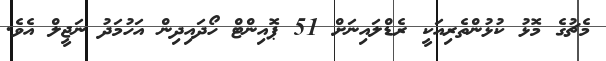
މެޗުގެ މޮޅު ކުޅުންތެރިއަކީ ރެޑްލައިނަށް 51 ޕޮއިންޓް ހޯދައިދިން އަހުމަދު ނަޖީލް އެވެ.